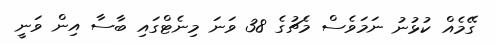
ގޭމެއް ކުޅުނު ނަމަވެސް މެޗުގެ 38 ވަނަ މިނެޓްގައި ބާސާ އިން ވަނީ